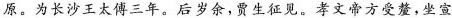
原。为长沙王太傅三年。后岁余，贾生征见。孝文帝方受楚，坐宣